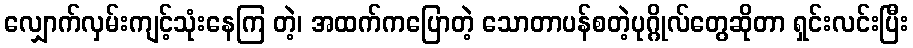
လျှောက်လှမ်းကျင့်သုံးနေကြ တဲ့၊ အထက်ကပြောတဲ့ သောတာပန်စတဲ့ပုဂ္ဂိုလ်တွေဆိုတာ ရှင်းလင်းပြီး